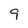
Character: 9